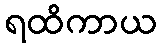
ရထိကာယ